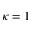
\kappa = 1